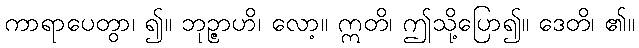
ကာရာပေတွာ၊ ၍။ ဘုဉ္ဇာဟိ၊ လော့။ ဣတိ၊ ဤသို့ပြော၍။ ဒေတိ၊ ၏။